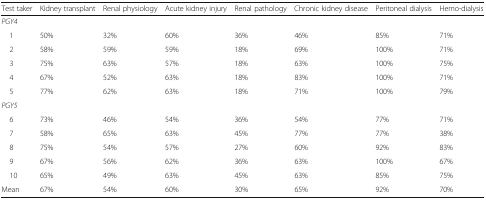
<table><thead><tr><td><b>Test taker</b></td><td><b>Kidney transplant</b></td><td><b>Renal physiology</b></td><td><b>Acute kidney injury</b></td><td><b>Renal pathology</b></td><td><b>Chronic kidney disease</b></td><td><b>Peritoneal dialysis</b></td><td><b>Hemo-dialysis</b></td></tr></thead><tbody><tr><td colspan="8"><i>PGY4</i></td></tr><tr><td> 1</td><td>50%</td><td>32%</td><td>60%</td><td>36%</td><td>46%</td><td>85%</td><td>71%</td></tr><tr><td> 2</td><td>58%</td><td>59%</td><td>59%</td><td>18%</td><td>69%</td><td>100%</td><td>71%</td></tr><tr><td> 3</td><td>75%</td><td>63%</td><td>57%</td><td>18%</td><td>63%</td><td>100%</td><td>75%</td></tr><tr><td> 4</td><td>67%</td><td>52%</td><td>63%</td><td>18%</td><td>83%</td><td>100%</td><td>71%</td></tr><tr><td> 5</td><td>77%</td><td>62%</td><td>63%</td><td>18%</td><td>71%</td><td>100%</td><td>79%</td></tr><tr><td colspan="8"><i>PGY5</i></td></tr><tr><td> 6</td><td>73%</td><td>46%</td><td>54%</td><td>36%</td><td>54%</td><td>77%</td><td>71%</td></tr><tr><td> 7</td><td>58%</td><td>65%</td><td>63%</td><td>45%</td><td>77%</td><td>77%</td><td>38%</td></tr><tr><td> 8</td><td>75%</td><td>54%</td><td>57%</td><td>27%</td><td>60%</td><td>92%</td><td>83%</td></tr><tr><td> 9</td><td>67%</td><td>56%</td><td>62%</td><td>36%</td><td>63%</td><td>100%</td><td>67%</td></tr><tr><td> 10</td><td>65%</td><td>49%</td><td>63%</td><td>45%</td><td>63%</td><td>85%</td><td>75%</td></tr><tr><td>Mean</td><td>67%</td><td>54%</td><td>60%</td><td>30%</td><td>65%</td><td>92%</td><td>70%</td></tr></tbody></table>